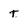
Character: t